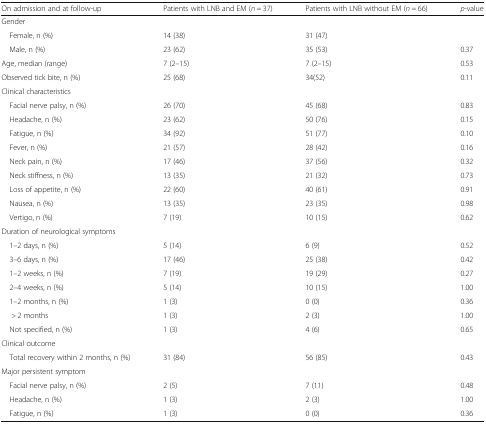
<table><thead><tr><td><b>On admission and at follow-up</b></td><td><b>Patients with LNB and EM (<i>n</i> = 37)</b></td><td><b>Patients with LNB without EM (<i>n</i> = 66)</b></td><td><b><i>p</i>-value</b></td></tr></thead><tbody><tr><td colspan="4">Gender</td></tr><tr><td> Female, n (%)</td><td>14 (38)</td><td>31 (47)</td><td></td></tr><tr><td> Male, n (%)</td><td>23 (62)</td><td>35 (53)</td><td>0.37</td></tr><tr><td>Age, median (range)</td><td>7 (2–15)</td><td>7 (2–15)</td><td>0.53</td></tr><tr><td>Observed tick bite, n (%)</td><td>25 (68)</td><td>34(52)</td><td>0.11</td></tr><tr><td colspan="4">Clinical characteristics</td></tr><tr><td> Facial nerve palsy, n (%)</td><td>26 (70)</td><td>45 (68)</td><td>0.83</td></tr><tr><td> Headache, n (%)</td><td>23 (62)</td><td>50 (76)</td><td>0.15</td></tr><tr><td> Fatigue, n (%)</td><td>34 (92)</td><td>51 (77)</td><td>0.10</td></tr><tr><td> Fever, n (%)</td><td>21 (57)</td><td>28 (42)</td><td>0.16</td></tr><tr><td> Neck pain, n (%)</td><td>17 (46)</td><td>37 (56)</td><td>0.32</td></tr><tr><td> Neck stiffness, n (%)</td><td>13 (35)</td><td>21 (32)</td><td>0.73</td></tr><tr><td> Loss of appetite, n (%)</td><td>22 (60)</td><td>40 (61)</td><td>0.91</td></tr><tr><td> Nausea, n (%)</td><td>13 (35)</td><td>23 (35)</td><td>0.98</td></tr><tr><td> Vertigo, n (%)</td><td>7 (19)</td><td>10 (15)</td><td>0.62</td></tr><tr><td colspan="4">Duration of neurological symptoms</td></tr><tr><td> 1–2 days, n (%)</td><td>5 (14)</td><td>6 (9)</td><td>0.52</td></tr><tr><td> 3–6 days, n (%)</td><td>17 (46)</td><td>25 (38)</td><td>0.42</td></tr><tr><td> 1–2 weeks, n (%)</td><td>7 (19)</td><td>19 (29)</td><td>0.27</td></tr><tr><td> 2–4 weeks, n (%)</td><td>5 (14)</td><td>10 (15)</td><td>1.00</td></tr><tr><td> 1–2 months, n (%)</td><td>1 (3)</td><td>0 (0)</td><td>0.36</td></tr><tr><td>&gt; 2 months</td><td>1 (3)</td><td>2 (3)</td><td>1.00</td></tr><tr><td> Not specified, n (%)</td><td>1 (3)</td><td>4 (6)</td><td>0.65</td></tr><tr><td colspan="4">Clinical outcome</td></tr><tr><td> Total recovery within 2 months, n (%)</td><td>31 (84)</td><td>56 (85)</td><td>0.43</td></tr><tr><td colspan="4">Major persistent symptom</td></tr><tr><td> Facial nerve palsy, n (%)</td><td>2 (5)</td><td>7 (11)</td><td>0.48</td></tr><tr><td> Headache, n (%)</td><td>1 (3)</td><td>2 (3)</td><td>1.00</td></tr><tr><td> Fatigue, n (%)</td><td>1 (3)</td><td>0 (0)</td><td>0.36</td></tr></tbody></table>